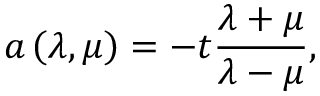
a \left( \lambda , \mu \right) = - t \frac { \lambda + \mu } { \lambda - \mu } ,